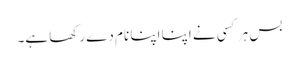
بس ہر کسی نے اپنا اپنا نام دے رکھا ہے۔